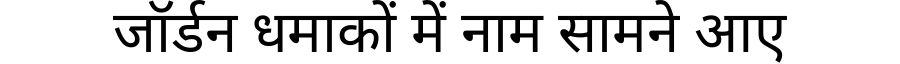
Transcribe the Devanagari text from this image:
जॉर्डन धमाकों में नाम सामने आए